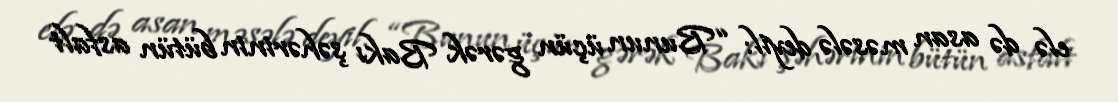
elə də asan məsələ deyil: “Bunun üçün gərək Bakı şəhərinin bütün asfalt